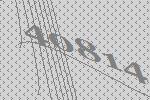
40814